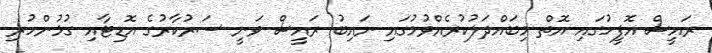
ރައީސް އޮފީހުގައި އޮތް މިބައްދަލުކުރެއްވުމުގައި ނައިބު ރައީސް ވަނީ ސަރުކާރުގެ އޮޑިޓާއި ގުޅުންހުރި